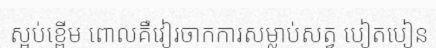
ស្អប់ខ្ពើម ពោលគឺវៀរចាកការសម្លាប់សត្វ បៀតបៀន